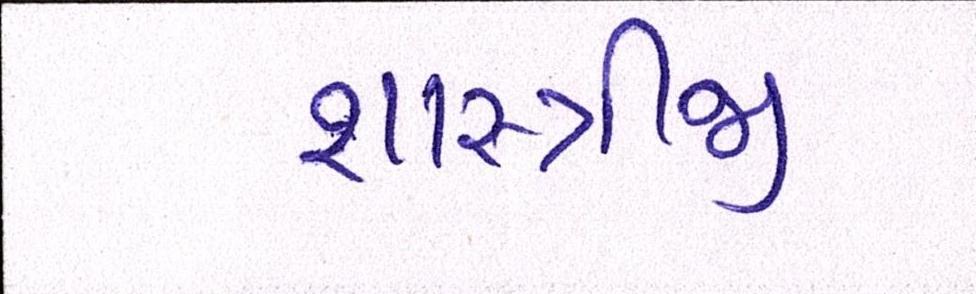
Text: શાસ્ત્રીજી